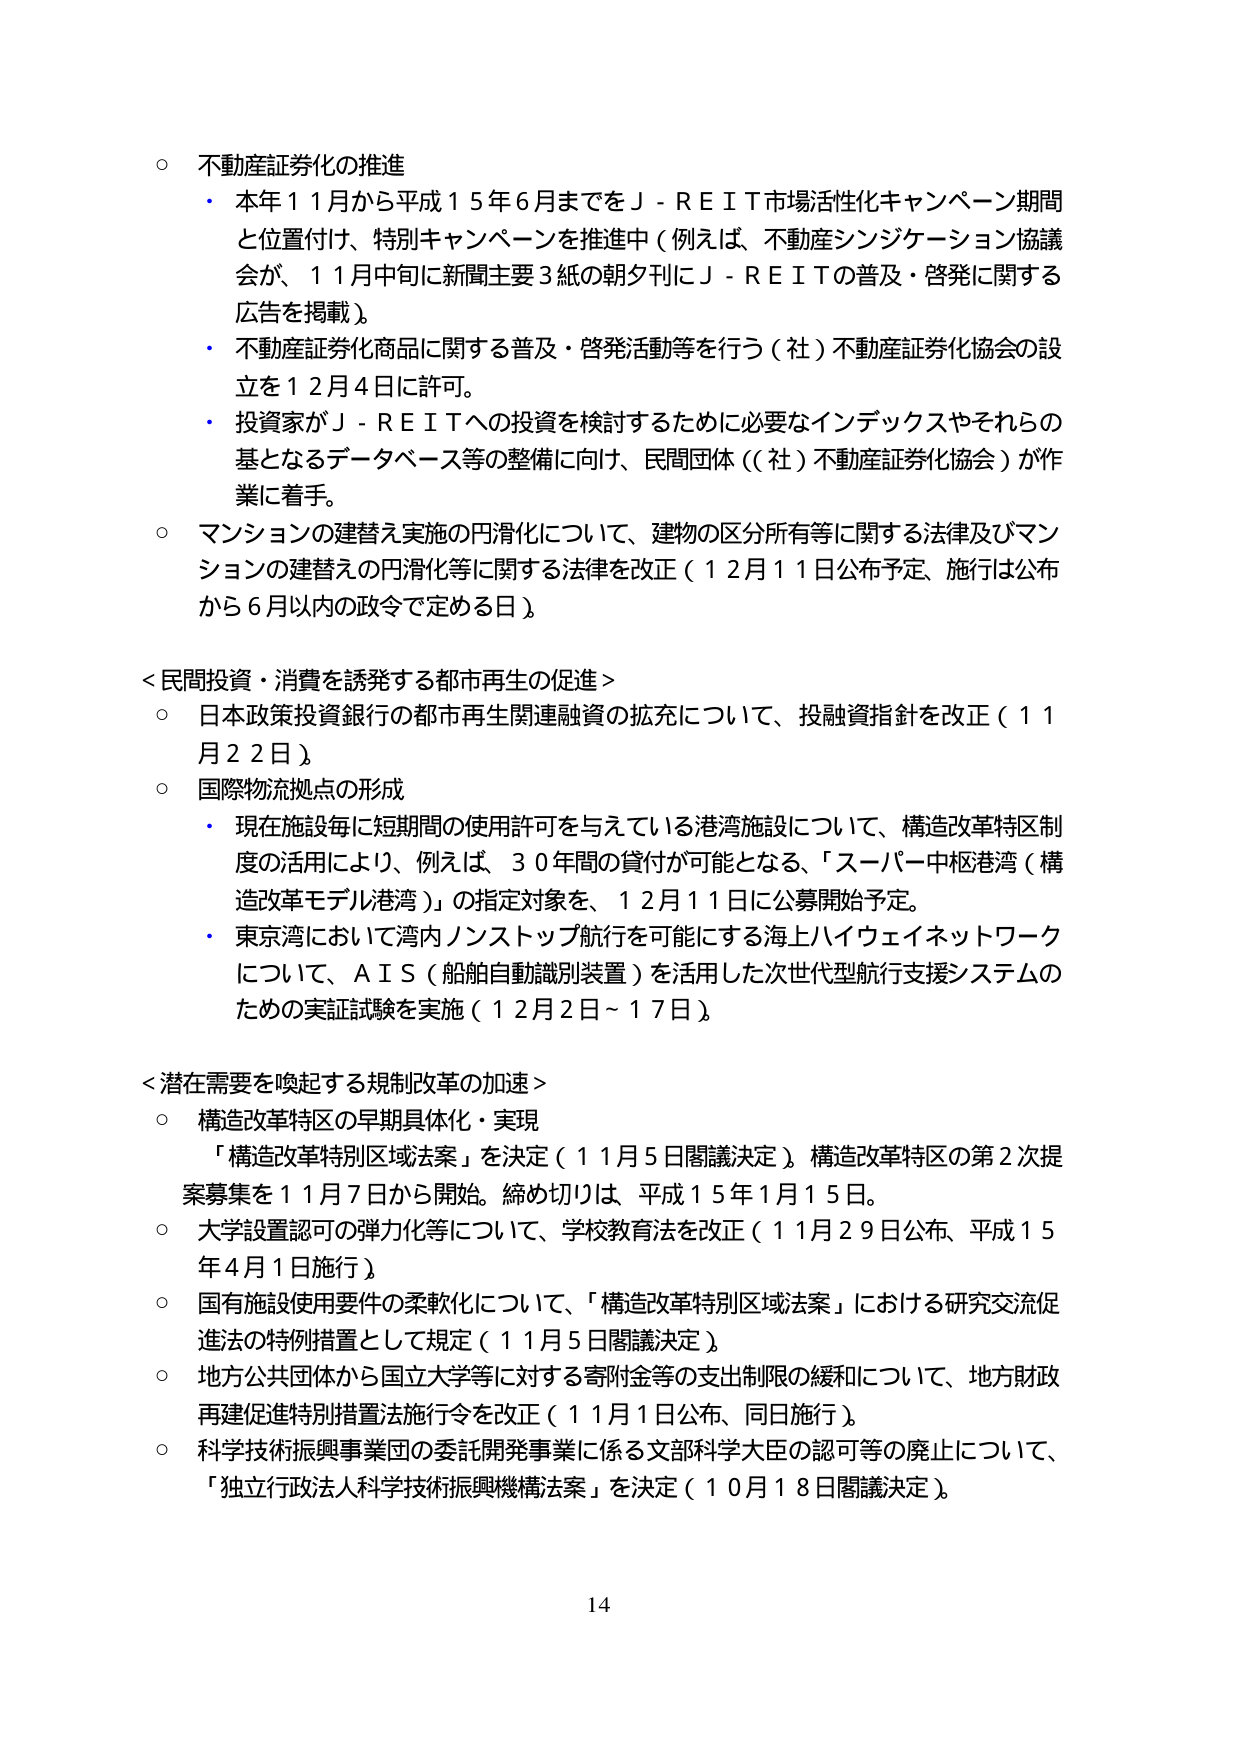
○ 不動産証券化の推進
・ 本年11月から平成15年6月までをＪ－ＲＥＩＴ市場活性化キャンペーン期間と位置付け、特別キャンペーンを推進中（例えば、不動産シンジケーション協議会が、11月中旬に新聞主要3紙の朝夕刊にＪ－ＲＥＩＴの普及・啓発に関する広告を掲載）。
・ 不動産証券化商品に関する普及・啓発活動等を行う（社）不動産証券化協会の設立を12月4日に許可。
・ 投資家がＪ－ＲＥＩＴへの投資を検討するために必要なインデックスやそれらの基となるデータベース等の整備に向け、民間団体（（社）不動産証券化協会）が作業に着手。

○ マンションの建替え実施の円滑化について、建物の区分所有等に関する法律及びマンションの建替えの円滑化等に関する法律を改正（12月11日公布予定、施行は公布から6月以内の政令で定める日）。

＜民間投資・消費を誘発する都市再生の促進＞
○ 日本政策投資銀行の都市再生関連融資の拡充について、投融資指針を改正（11月22日）。
○ 国際物流拠点の形成
・ 現在施設毎に短期間の使用許可を与えている港湾施設について、構造改革特区制度の活用により、例えば、30年間の貸付が可能となる、「スーパー中枢港湾（構造改革モデル港湾）」の指定対象を、12月11日に公募開始予定。
・ 東京湾において湾内ノンストップ航行を可能にする海上ハイウェイネットワークについて、ＡＩＳ（船舶自動識別装置）を活用した次世代型航行支援システムのための実証試験を実施（12月2日～17日）。

＜潜在需要を喚起する規制改革の加速＞
○ 構造改革特区の早期具体化・実現
　「構造改革特別区域法案」を決定（11月5日閣議決定）。構造改革特区の第2次提案募集を11月7日から開始。締め切りは、平成15年1月15日。
○ 大学設置認可の弾力化等について、学校教育法を改正（11月29日公布、平成15年4月1日施行）。
○ 国有施設使用要件の柔軟化について、「構造改革特別区域法案」における研究交流促進法の特例措置として規定（11月5日閣議決定）。
○ 地方公共団体から国立大学等に対する寄附金等の支出制限の緩和について、地方財政再建促進特別措置法施行令を改正（11月1日公布、同日施行）。
○ 科学技術振興事業団の委託開発事業に係る文部科学大臣の認可等の廃止について、「独立行政法人科学技術振興機構法案」を決定（10月18日閣議決定）。

14